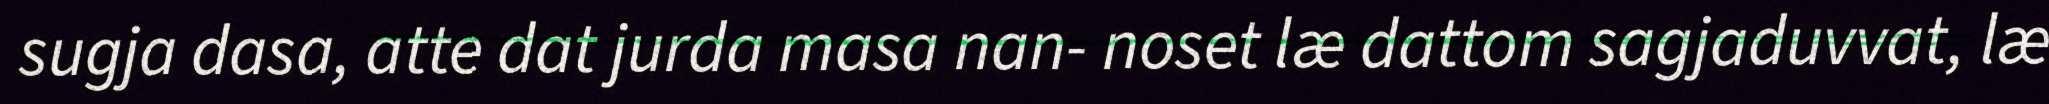
sugja dasa, atte dat jurda masa nan- noset læ dattom sagjaduvvat, læ